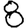
Digit: 8